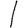
Digit: 1